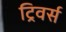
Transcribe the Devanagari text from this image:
ट्रिवर्स